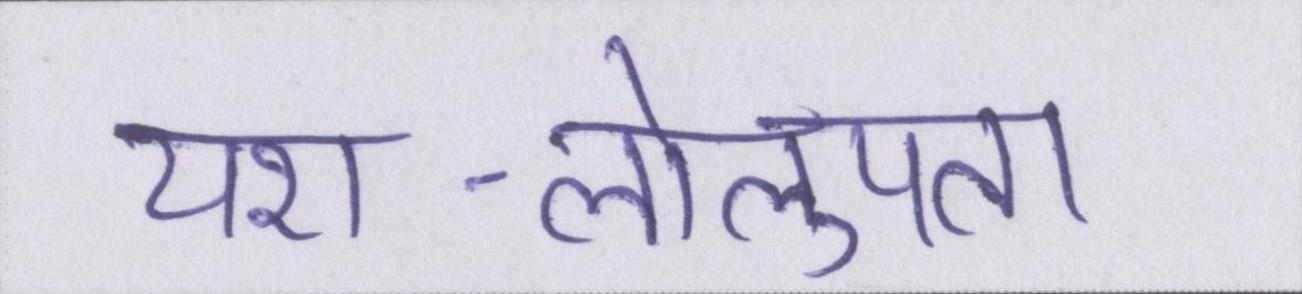
यश-लोलुपता